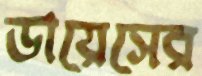
ডায়েসের